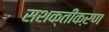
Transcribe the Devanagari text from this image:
सशक्तीकऱण